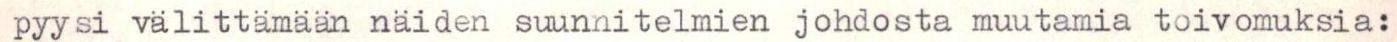
pyysi välittämään näiden suunnitelmien johdosta muutamia toivomuksia: